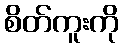
စိတ်ကူးကို